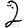
Digit: 2